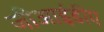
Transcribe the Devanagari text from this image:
जीआईडीए